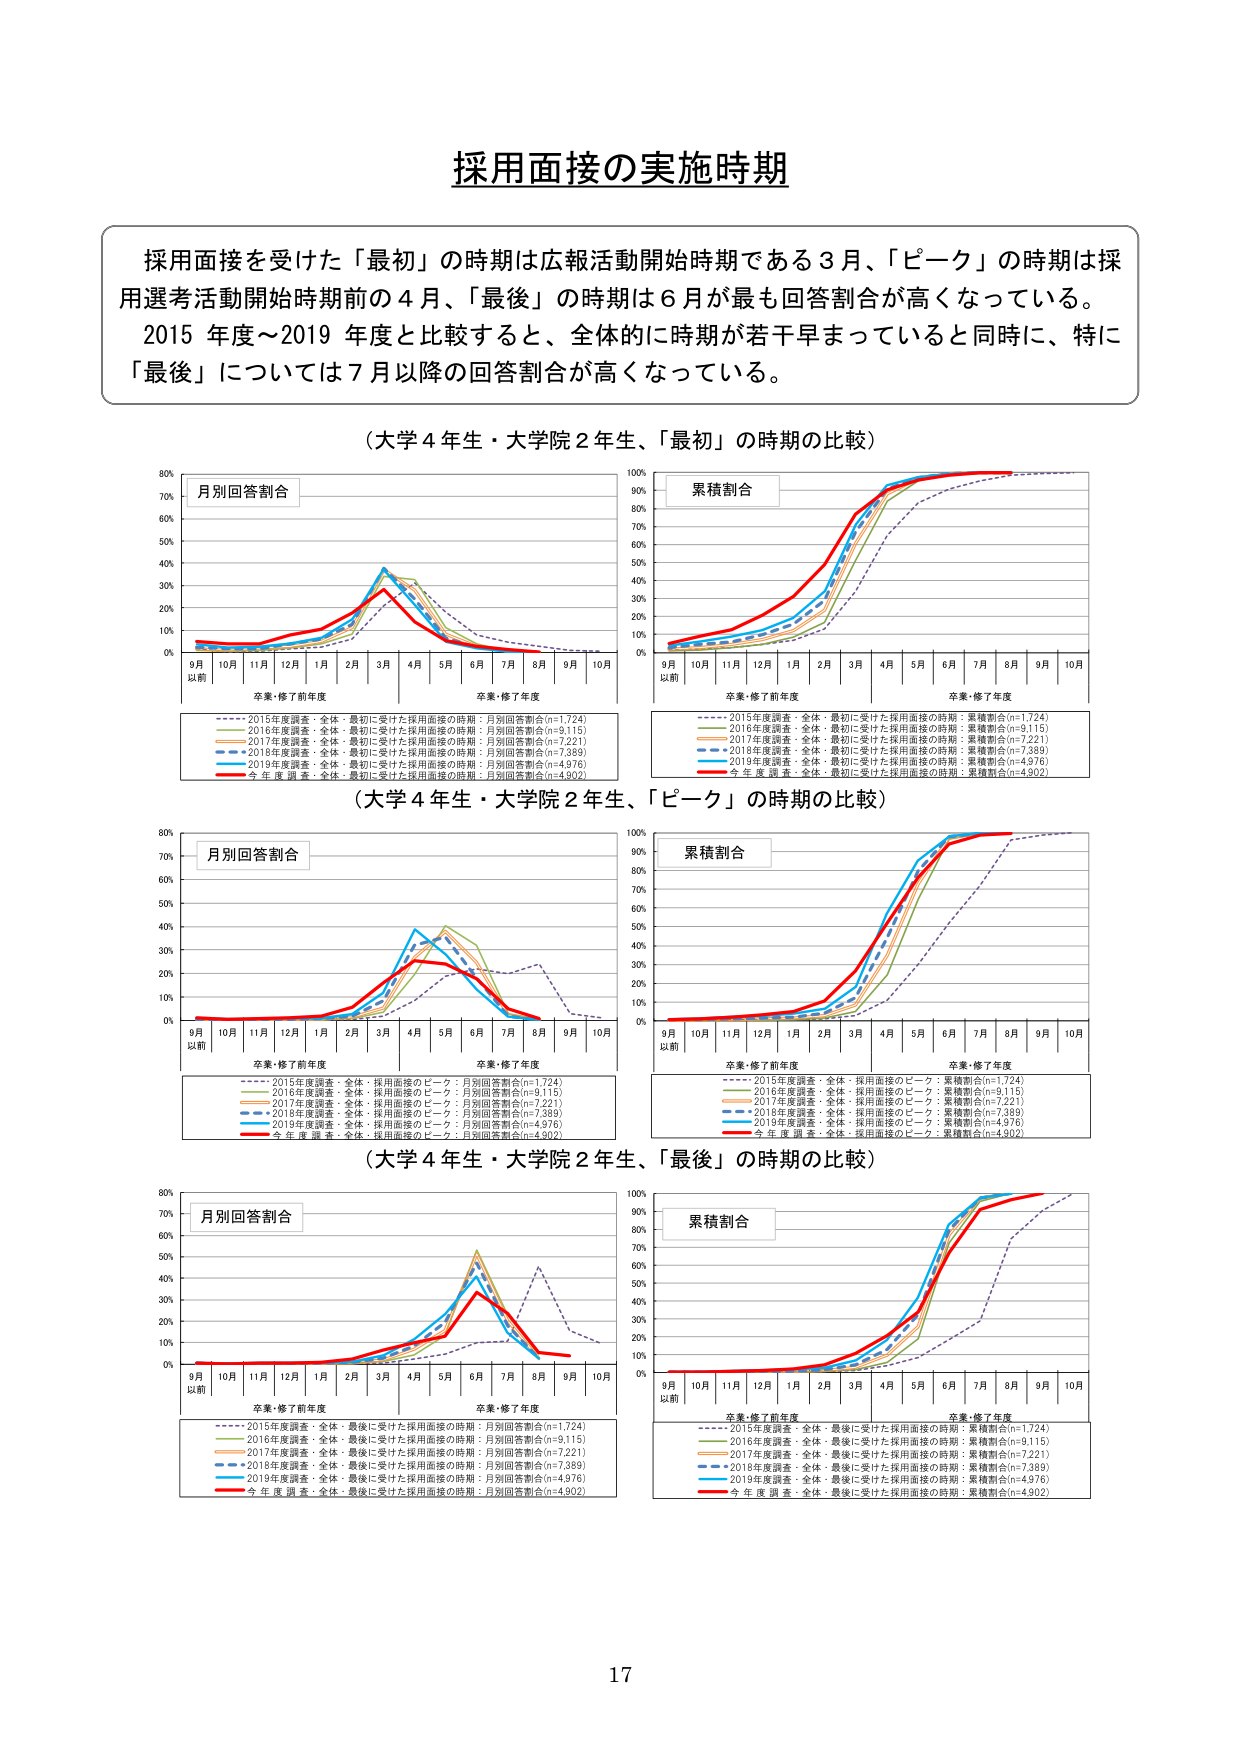
採用面接の実施時期

採用面接を受けた「最初」の時期は広報活動開始時期である3月、「ピーク」の時期は採用選考活動開始時期前の4月、「最後」の時期は6月が最も回答割合が高くなっている。2015年度～2019年度と比較すると、全体的に時期が若干早まっていると同時に、特に「最後」については7月以降の回答割合が高くなっている。

（大学4年生・大学院2年生、「最初」の時期の比較）

月別回答割合
累積割合

9月以前 10月 11月 12月 1月 2月 3月 4月 5月 6月 7月 8月 9月 10月
卒業・修了前年度 卒業・修了年度

---- 2015年度調査・全体・最初に受けた採用面接の時期：月別回答割合(n=1,724)
---- 2016年度調査・全体・最初に受けた採用面接の時期：月別回答割合(n=9,115)
---- 2017年度調査・全体・最初に受けた採用面接の時期：月別回答割合(n=7,221)
---- 2018年度調査・全体・最初に受けた採用面接の時期：月別回答割合(n=7,389)
---- 2019年度調査・全体・最初に受けた採用面接の時期：月別回答割合(n=4,976)
---- 今年度調査・全体・最初に受けた採用面接の時期：月別回答割合(n=4,902)

---- 2015年度調査・全体・最初に受けた採用面接の時期：累積割合(n=1,724)
---- 2016年度調査・全体・最初に受けた採用面接の時期：累積割合(n=9,115)
---- 2017年度調査・全体・最初に受けた採用面接の時期：累積割合(n=7,221)
---- 2018年度調査・全体・最初に受けた採用面接の時期：累積割合(n=7,389)
---- 2019年度調査・全体・最初に受けた採用面接の時期：累積割合(n=4,976)
---- 今年度調査・全体・最初に受けた採用面接の時期：累積割合(n=4,902)

（大学4年生・大学院2年生、「ピーク」の時期の比較）

月別回答割合
累積割合

9月以前 10月 11月 12月 1月 2月 3月 4月 5月 6月 7月 8月 9月 10月
卒業・修了前年度 卒業・修了年度

---- 2015年度調査・全体・採用面接のピーク：月別回答割合(n=1,724)
---- 2016年度調査・全体・採用面接のピーク：月別回答割合(n=9,115)
---- 2017年度調査・全体・採用面接のピーク：月別回答割合(n=7,221)
---- 2018年度調査・全体・採用面接のピーク：月別回答割合(n=7,389)
---- 2019年度調査・全体・採用面接のピーク：月別回答割合(n=4,976)
---- 今年度調査・全体・採用面接のピーク：月別回答割合(n=4,902)

---- 2015年度調査・全体・採用面接のピーク：累積割合(n=1,724)
---- 2016年度調査・全体・採用面接のピーク：累積割合(n=9,115)
---- 2017年度調査・全体・採用面接のピーク：累積割合(n=7,221)
---- 2018年度調査・全体・採用面接のピーク：累積割合(n=7,389)
---- 2019年度調査・全体・採用面接のピーク：累積割合(n=4,976)
---- 今年度調査・全体・採用面接のピーク：累積割合(n=4,902)

（大学4年生・大学院2年生、「最後」の時期の比較）

月別回答割合
累積割合

9月以前 10月 11月 12月 1月 2月 3月 4月 5月 6月 7月 8月 9月 10月
卒業・修了前年度 卒業・修了年度

---- 2015年度調査・全体・最後に受けた採用面接の時期：月別回答割合(n=1,724)
---- 2016年度調査・全体・最後に受けた採用面接の時期：月別回答割合(n=9,115)
---- 2017年度調査・全体・最後に受けた採用面接の時期：月別回答割合(n=7,221)
---- 2018年度調査・全体・最後に受けた採用面接の時期：月別回答割合(n=7,389)
---- 2019年度調査・全体・最後に受けた採用面接の時期：月別回答割合(n=4,976)
---- 今年度調査・全体・最後に受けた採用面接の時期：月別回答割合(n=4,902)

---- 2015年度調査・全体・最後に受けた採用面接の時期：累積割合(n=1,724)
---- 2016年度調査・全体・最後に受けた採用面接の時期：累積割合(n=9,115)
---- 2017年度調査・全体・最後に受けた採用面接の時期：累積割合(n=7,221)
---- 2018年度調査・全体・最後に受けた採用面接の時期：累積割合(n=7,389)
---- 2019年度調査・全体・最後に受けた採用面接の時期：累積割合(n=4,976)
---- 今年度調査・全体・最後に受けた採用面接の時期：累積割合(n=4,902)

17